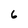
Character: 6